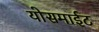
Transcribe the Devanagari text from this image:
योसमाईट